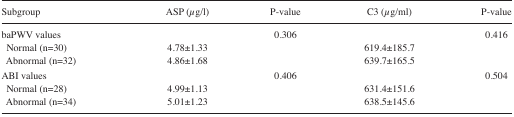
<table><thead><tr><td><b>Subgroup</b></td><td><b>ASP (μg/l)</b></td><td><b>P-value</b></td><td><b>C3 (μg/ml)</b></td><td><b>P-value</b></td></tr></thead><tbody><tr><td>baPWV values</td><td></td><td>0.306</td><td></td><td>0.416</td></tr><tr><td> Normal (n=30)</td><td>4.78±1.33</td><td></td><td>619.4±185.7</td><td></td></tr><tr><td> Abnormal (n=32)</td><td>4.86±1.68</td><td></td><td>639.7±165.5</td><td></td></tr><tr><td>ABI values</td><td></td><td>0.406</td><td></td><td>0.504</td></tr><tr><td> Normal (n=28)</td><td>4.99±1.13</td><td></td><td>631.4±151.6</td><td></td></tr><tr><td> Abnormal (n=34)</td><td>5.01±1.23</td><td></td><td>638.5±145.6</td><td></td></tr></tbody></table>